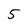
Character: 5